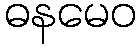
ဓနမေဝ